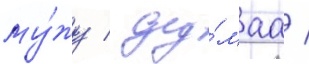
му́жу / ду́маа /